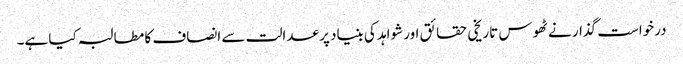
درخواست گذار نے ٹھوس تاریخی حقائق اور شواہد کی بنیاد پر عدالت سے انصاف کا مطالبہ کیا ہے۔